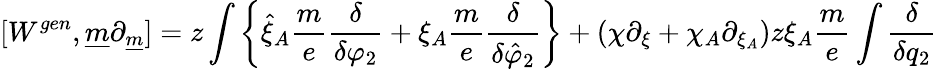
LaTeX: [W^{gen},\underline{{{m}}}\partial_{\underline{{{m}}}}]=z\int\left\{ \hat{\xi}_{A}\frac{m}{e}\frac{\delta}{\delta\varphi_{2}}+\xi_{A}\frac{m}{e}\frac{\delta}{\delta\hat{\varphi}_{2}}\right\} +(\chi\partial_{\xi}+\chi_{A}\partial_{\xi_{A}})z\xi_{A}\frac{m}{e}\int\frac{\delta}{\delta q_{2}}